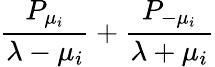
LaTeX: {{\frac{P_{\mu_{i}}}{\lambda-\mu_{i}}}+{\frac{P_{-\mu_{i}}}{\lambda+\mu_{i}}}}